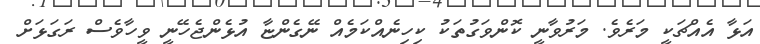
އަޅާ އެއްޗަކީ މަރެވެ. މަރުވާނީ ކޮންވަގުތަކު ކިހިނެއްކަމެއް ނޭގެންޏާ އުޅެންޖެހޭނީ ވީހާވެސް ރަގަޅަށް